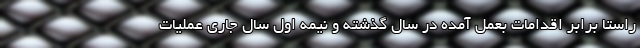
راستا برابر اقدامات بعمل آمده در سال گذشته و نیمه اول سال جاری عملیات